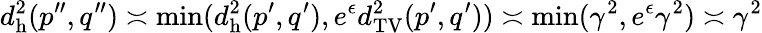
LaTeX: d_{\mathrm{h}}^{2}(p^{\prime\prime},q^{\prime\prime})\asymp\operatorname*{min}(d_{\mathrm{h}}^{2}(p^{\prime},q^{\prime}),e^{\epsilon}d_{\mathrm{TV}}^{2}(p^{\prime},q^{\prime}))\asymp\operatorname*{min}(\gamma^{2},e^{\epsilon}\gamma^{2})\asymp\gamma^{2}